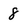
Character: 8